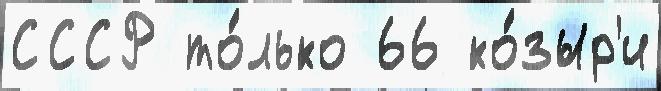
СССР то́лько 66 ко́зыр'и